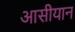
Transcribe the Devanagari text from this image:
आसीयान